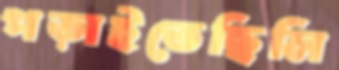
পড়াইতেছিলি